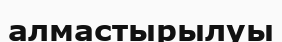
алмастырылуы